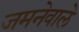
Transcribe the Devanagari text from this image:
जमनेवाले